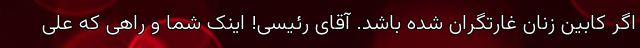
اگر کابین زنان غارتگران شده باشد. آقای رئیسی! اینک شما و راهی که علی